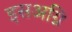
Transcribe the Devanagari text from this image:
इसअग्नि